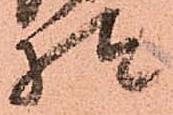
様